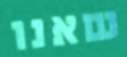
שאנו